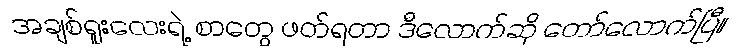
အချစ်ရူးလေးရဲ့ စာတွေ ဖတ်ရတာ ဒီလောက်ဆို တော်လောက်ပြီ။